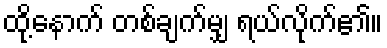
ထို့နောက် တစ်ချက်မျှ ရယ်လိုက်၏။